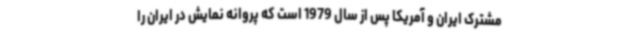
مشترک ایران و آمریکا پس از سال 1979 است که پروانه نمایش در ایران را